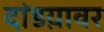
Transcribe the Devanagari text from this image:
दांडय़ावर